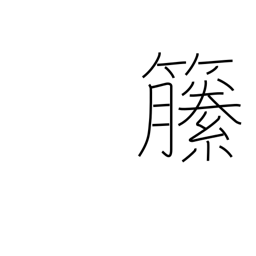
Meaning: climbing plants